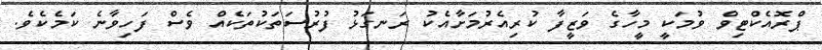
ޕްރޮއެކްޓިވް ވުމަކީ މީހާގެ ވަޒީފާ ކުރިއެރުމަށާއެކު ރަނގަޅު ފުރުސަތަކުތަކެއް ވެސް ފަހިވާނެ ކަމެކެވެ.